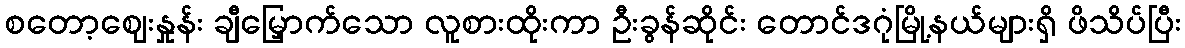
စတော့ဈေးနှုန်း ချီမြှောက်သော လူစားထိုးကာ ဦးခွန်ဆိုင်း တောင်ဒဂုံမြို့နယ်များရှိ ဖိသိပ်ပြီး